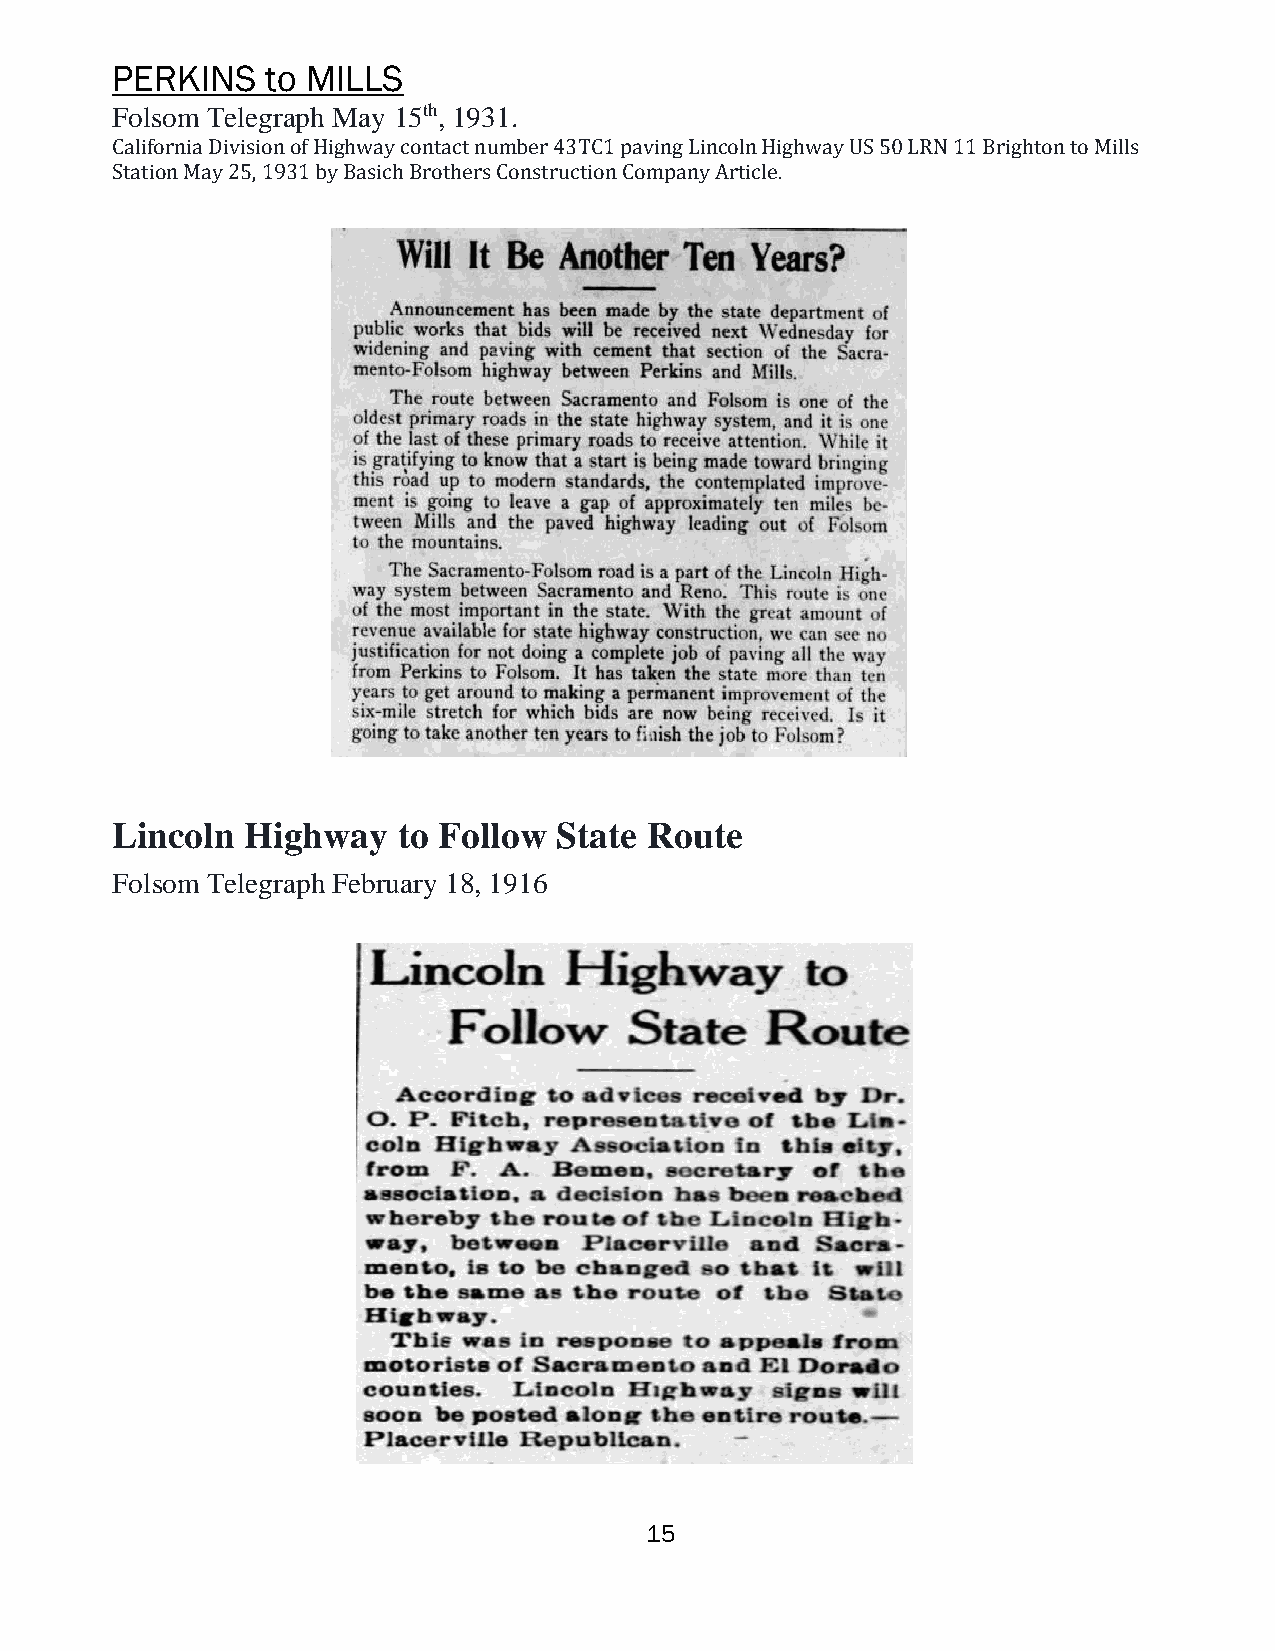
PERKINS    to MILLS
 Folsom Telegraph May 15th, 1931.
 California Division of Highway contact number 43TC1 paving Lincoln Highway US 50 LRN 11 Brighton to Mills
 Station May 25, 1931 by Basich Brothers Construction Company Article.
 Lincoln  Highway   to Follow  State Route
 Folsom Telegraph February 18, 1916
 15